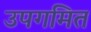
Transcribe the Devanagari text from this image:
उपगमित